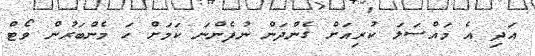
އަދި އެ މައްސަލަ ކުރިއަށް ގެންދަން ނުފެންނަ ކަމަށް ހަ މެންބަރުން ވޯޓް